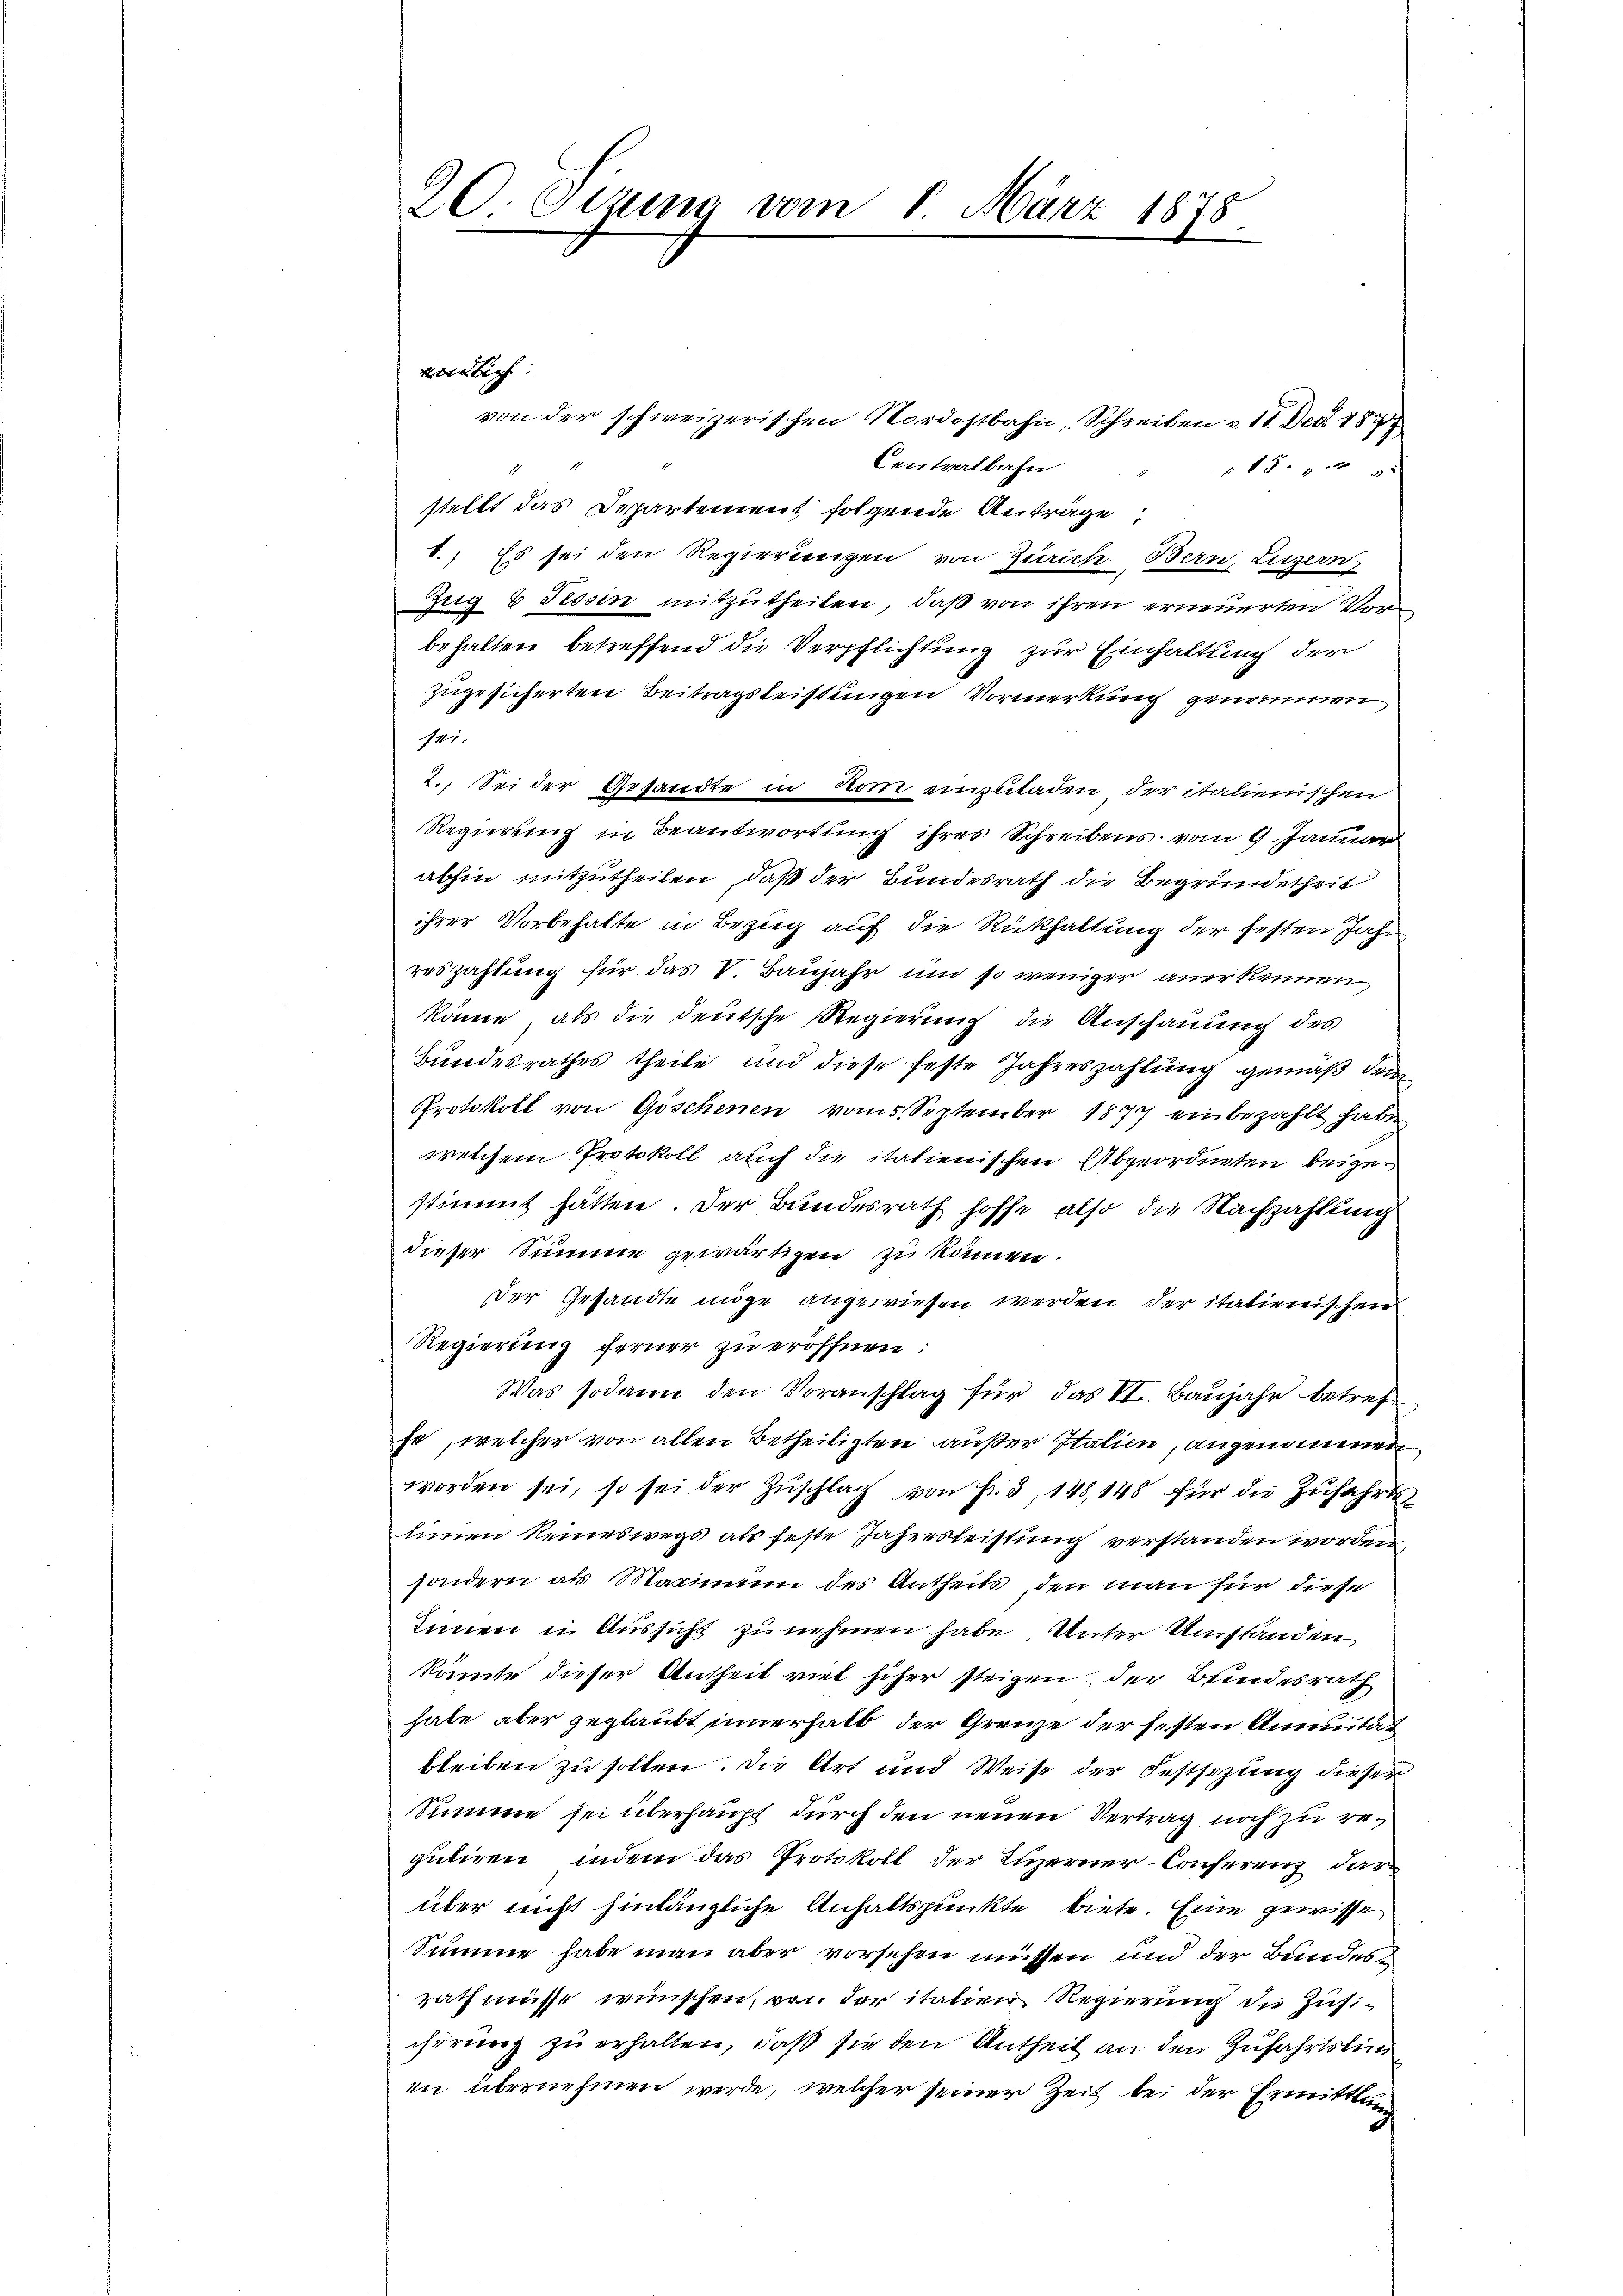
20. Sitzung vom 8. März 1878
.
verlich
von der schweizerischen Nordostbahn, Schreiben v. 11. Dec 189
Centralbahn
1500 x

stellt das Departement folgende Anträge,
1.) Es sei den Regierungen von Zürich, Bern, Luzern,
Zug 6 Tessin mitzutheilen, daß von ihren erneuerten Vorbehalten betreffend die Verpflichtung zur Einhaltung der
zugesicherten Beitragsleistungen Vormerkung genommen
141.
2. Sei der Gesandte in vom einzuladen der italienischen
Regierung in Beantwortung ihres Schreibens vom 9. Januar
abhin mitzutheilen, daß der Bundesrath die Begründetheit
ihrer Vorbehalte in Bezug auf die Rückhaltung der festen Jahr
reszahlung für das V. Baujahr und so weniger anerkennen,
könne, als die deutsche Regierung die Anschauung des
Bundesrathes theile und diese feste Jahreszahlung gemäß dem
Protokoll von Göschenen vom 5. September 1877 einbezahlt habe
welchem Protokoll auch die italienischen Abgeordneten beigestimmt hätten. Der Bundesrath hoffe, also die Nachzahlung
dieser Summe gewärtigen zu können.
Der Gesandte möge angewiesen werden der italienischen
Regierung ferner zu eröffnen:
Was sodann den Voranschlag für das VII. Baujahr betrefse, welcher von allen Betheiligten außer Italien, angenommen
worden sei, so sei der Zuschlag von Fr. 3, 148, 148 für die Zufahrts
hinnen keineswegs als feste Jahresleistung verstanden worden,
sondern als Maximum des Antheils, den man für diese
Innen in Aussicht zu nehmen habe. Unter Umstanden
könnte dieser Antheit viel höher steigen, der Bundesrath
habe aber geglaubt innerhalb der Grenze der festen Annuität
bleiben zu sollen. Die Art und Weise der Festsezung dieser
Summe sei überhaupt durch den neuen Vertrag noch zu regutiren, indem das Protokoll der Luzerner-Conferenz dar
über nicht hinlängliche Anhaltspunkte biete. Eine gewisse
Summe habe man aber vorsehen müssen und der Bundesrath müsse wünschen, von der italien Regierung die Zusichörung zu erhalten, daß sie den Antheil an den Zufahrtslin
en übernehmen werde, welcher seiner Zeit bei der Ermittlung